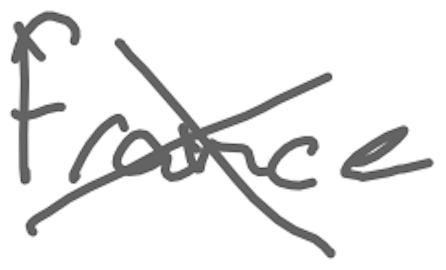
Text: France
Cross-out: cross
Writing tool: digital_gray